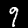
Digit: 9